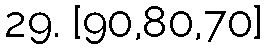
29. [90,80,70]